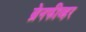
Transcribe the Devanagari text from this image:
ब्रेनफीव्हर